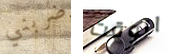
ضربني الوقت